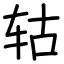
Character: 轱